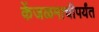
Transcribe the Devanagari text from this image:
केंजळमाचीपर्यंत